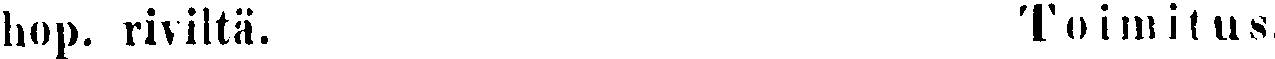
hop. riviltä. Toimitus.